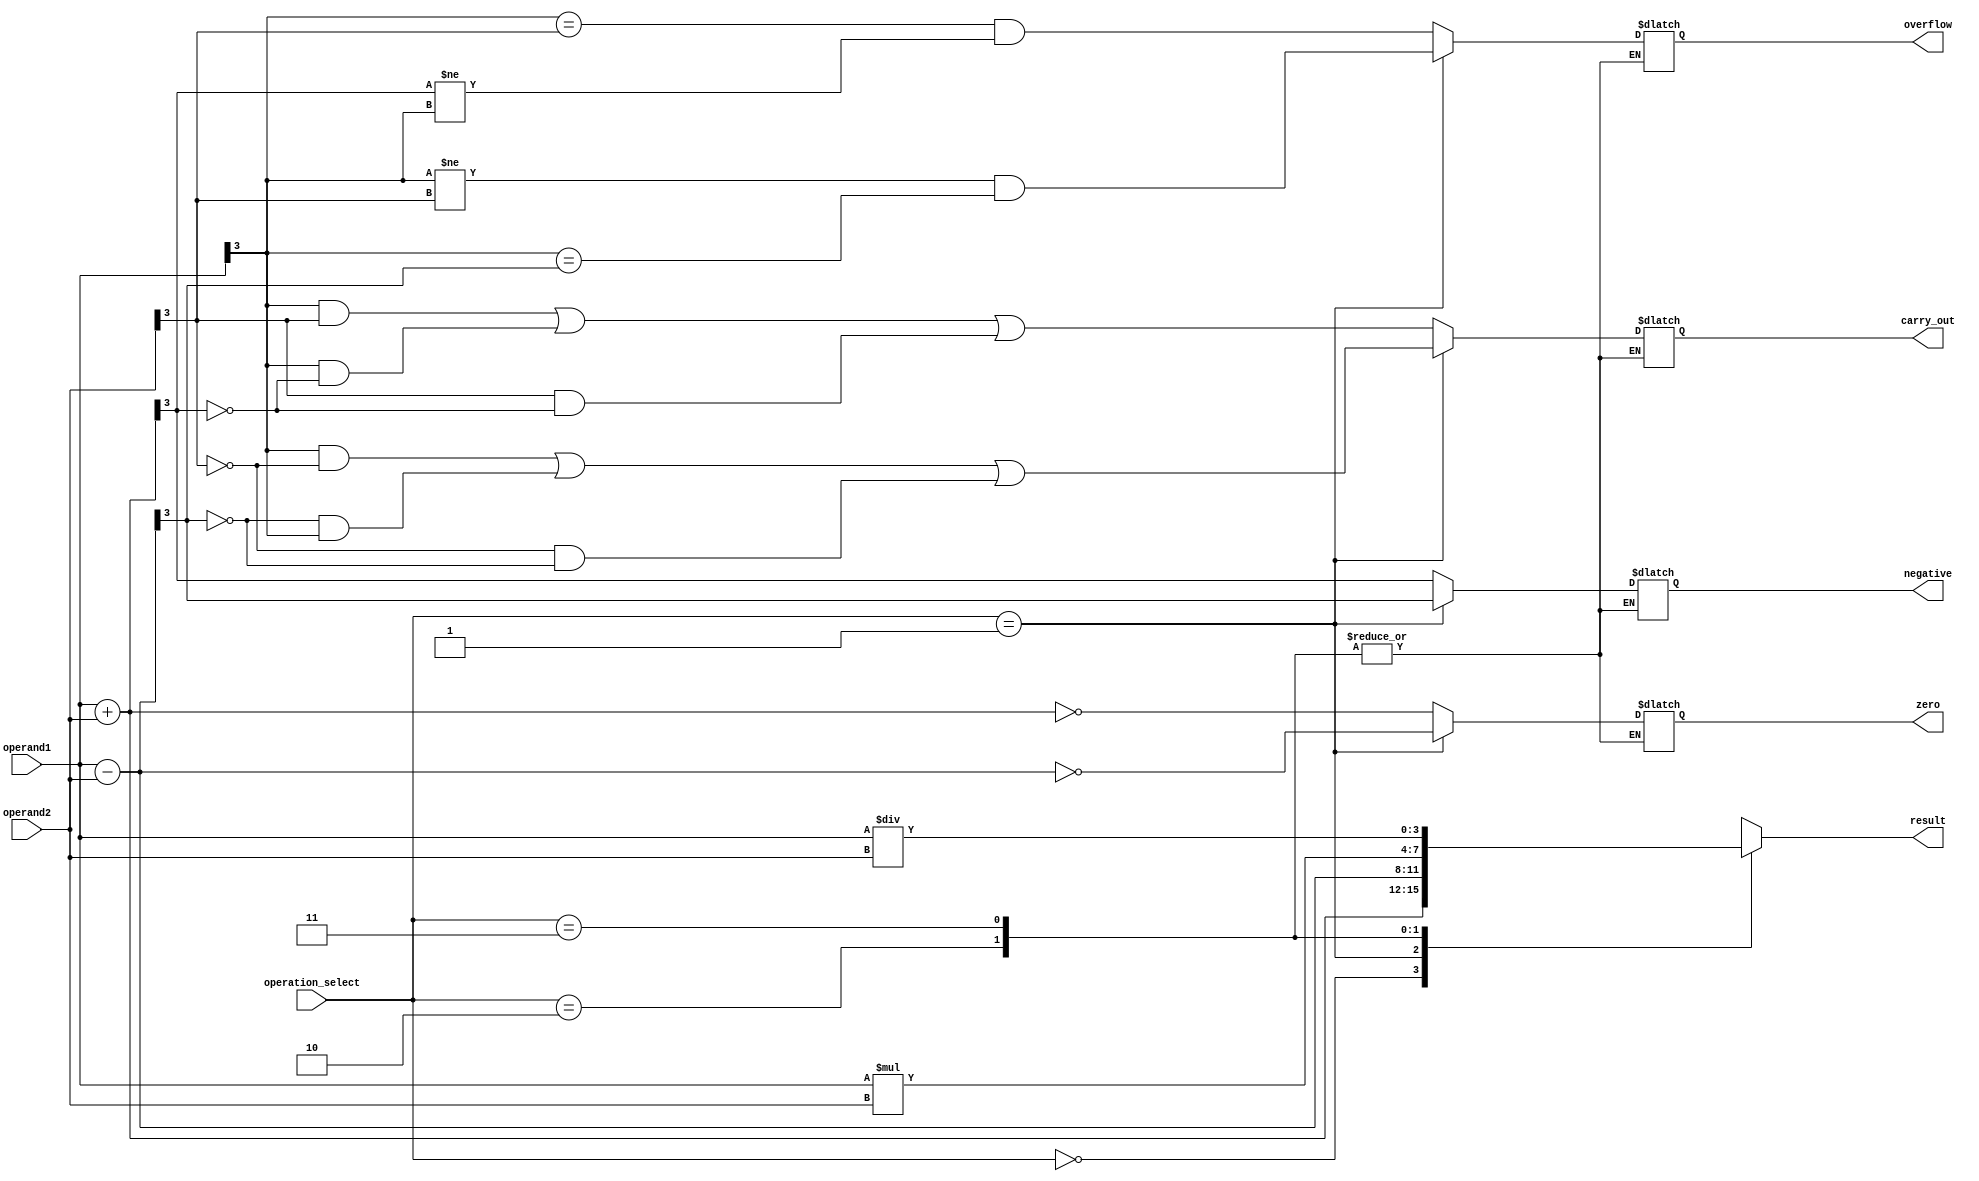
module alu(
    input [3:0] operand1,
    input [3:0] operand2,
    input [1:0] operation_select,
    output reg [3:0] result,
    output reg carry_out,
    output reg overflow,
    output reg zero,
    output reg negative
    );

    always @ (operand1, operand2, operation_select)
    begin
        case(operation_select)
            2'b00: // Addition
                begin
                    result = operand1 + operand2;
                    carry_out = (operand1[3] & operand2[3]) | (operand1[3] & ~result[3]) | (operand2[3] & ~result[3]);
                    overflow = (operand1[3] == operand2[3] & result[3] != operand1[3]);
                    zero = (result == 4'b0000);
                    negative = result[3];
                end
            2'b01: // Subtraction
                begin
                    result = operand1 - operand2;
                    carry_out = (operand1[3] & ~operand2[3]) | (~result[3] & operand1[3]) | (~operand2[3] & ~result[3]);
                    overflow = (operand1[3] != operand2[3] & operand1[3] == result[3]);
                    zero = (result == 4'b0000);
                    negative = result[3];
                end
            2'b10: // Multiplication
                begin
                    result = operand1 * operand2;
                    // handle overflow and other flags for multiplication operation
                end
            2'b11: // Division
                begin
                    result = operand1 / operand2;
                    // handle division operation
                end
            default: 
                begin
                    result = 4'b1111;
                    carry_out = 1'b0;
                    overflow = 1'b0;
                    zero = 1'b0;
                    negative = 1'b0;
                end
        endcase
    end
endmodule